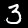
Digit: 3